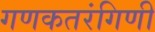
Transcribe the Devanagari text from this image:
गणकतरंगिणी